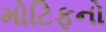
મોટિફનો